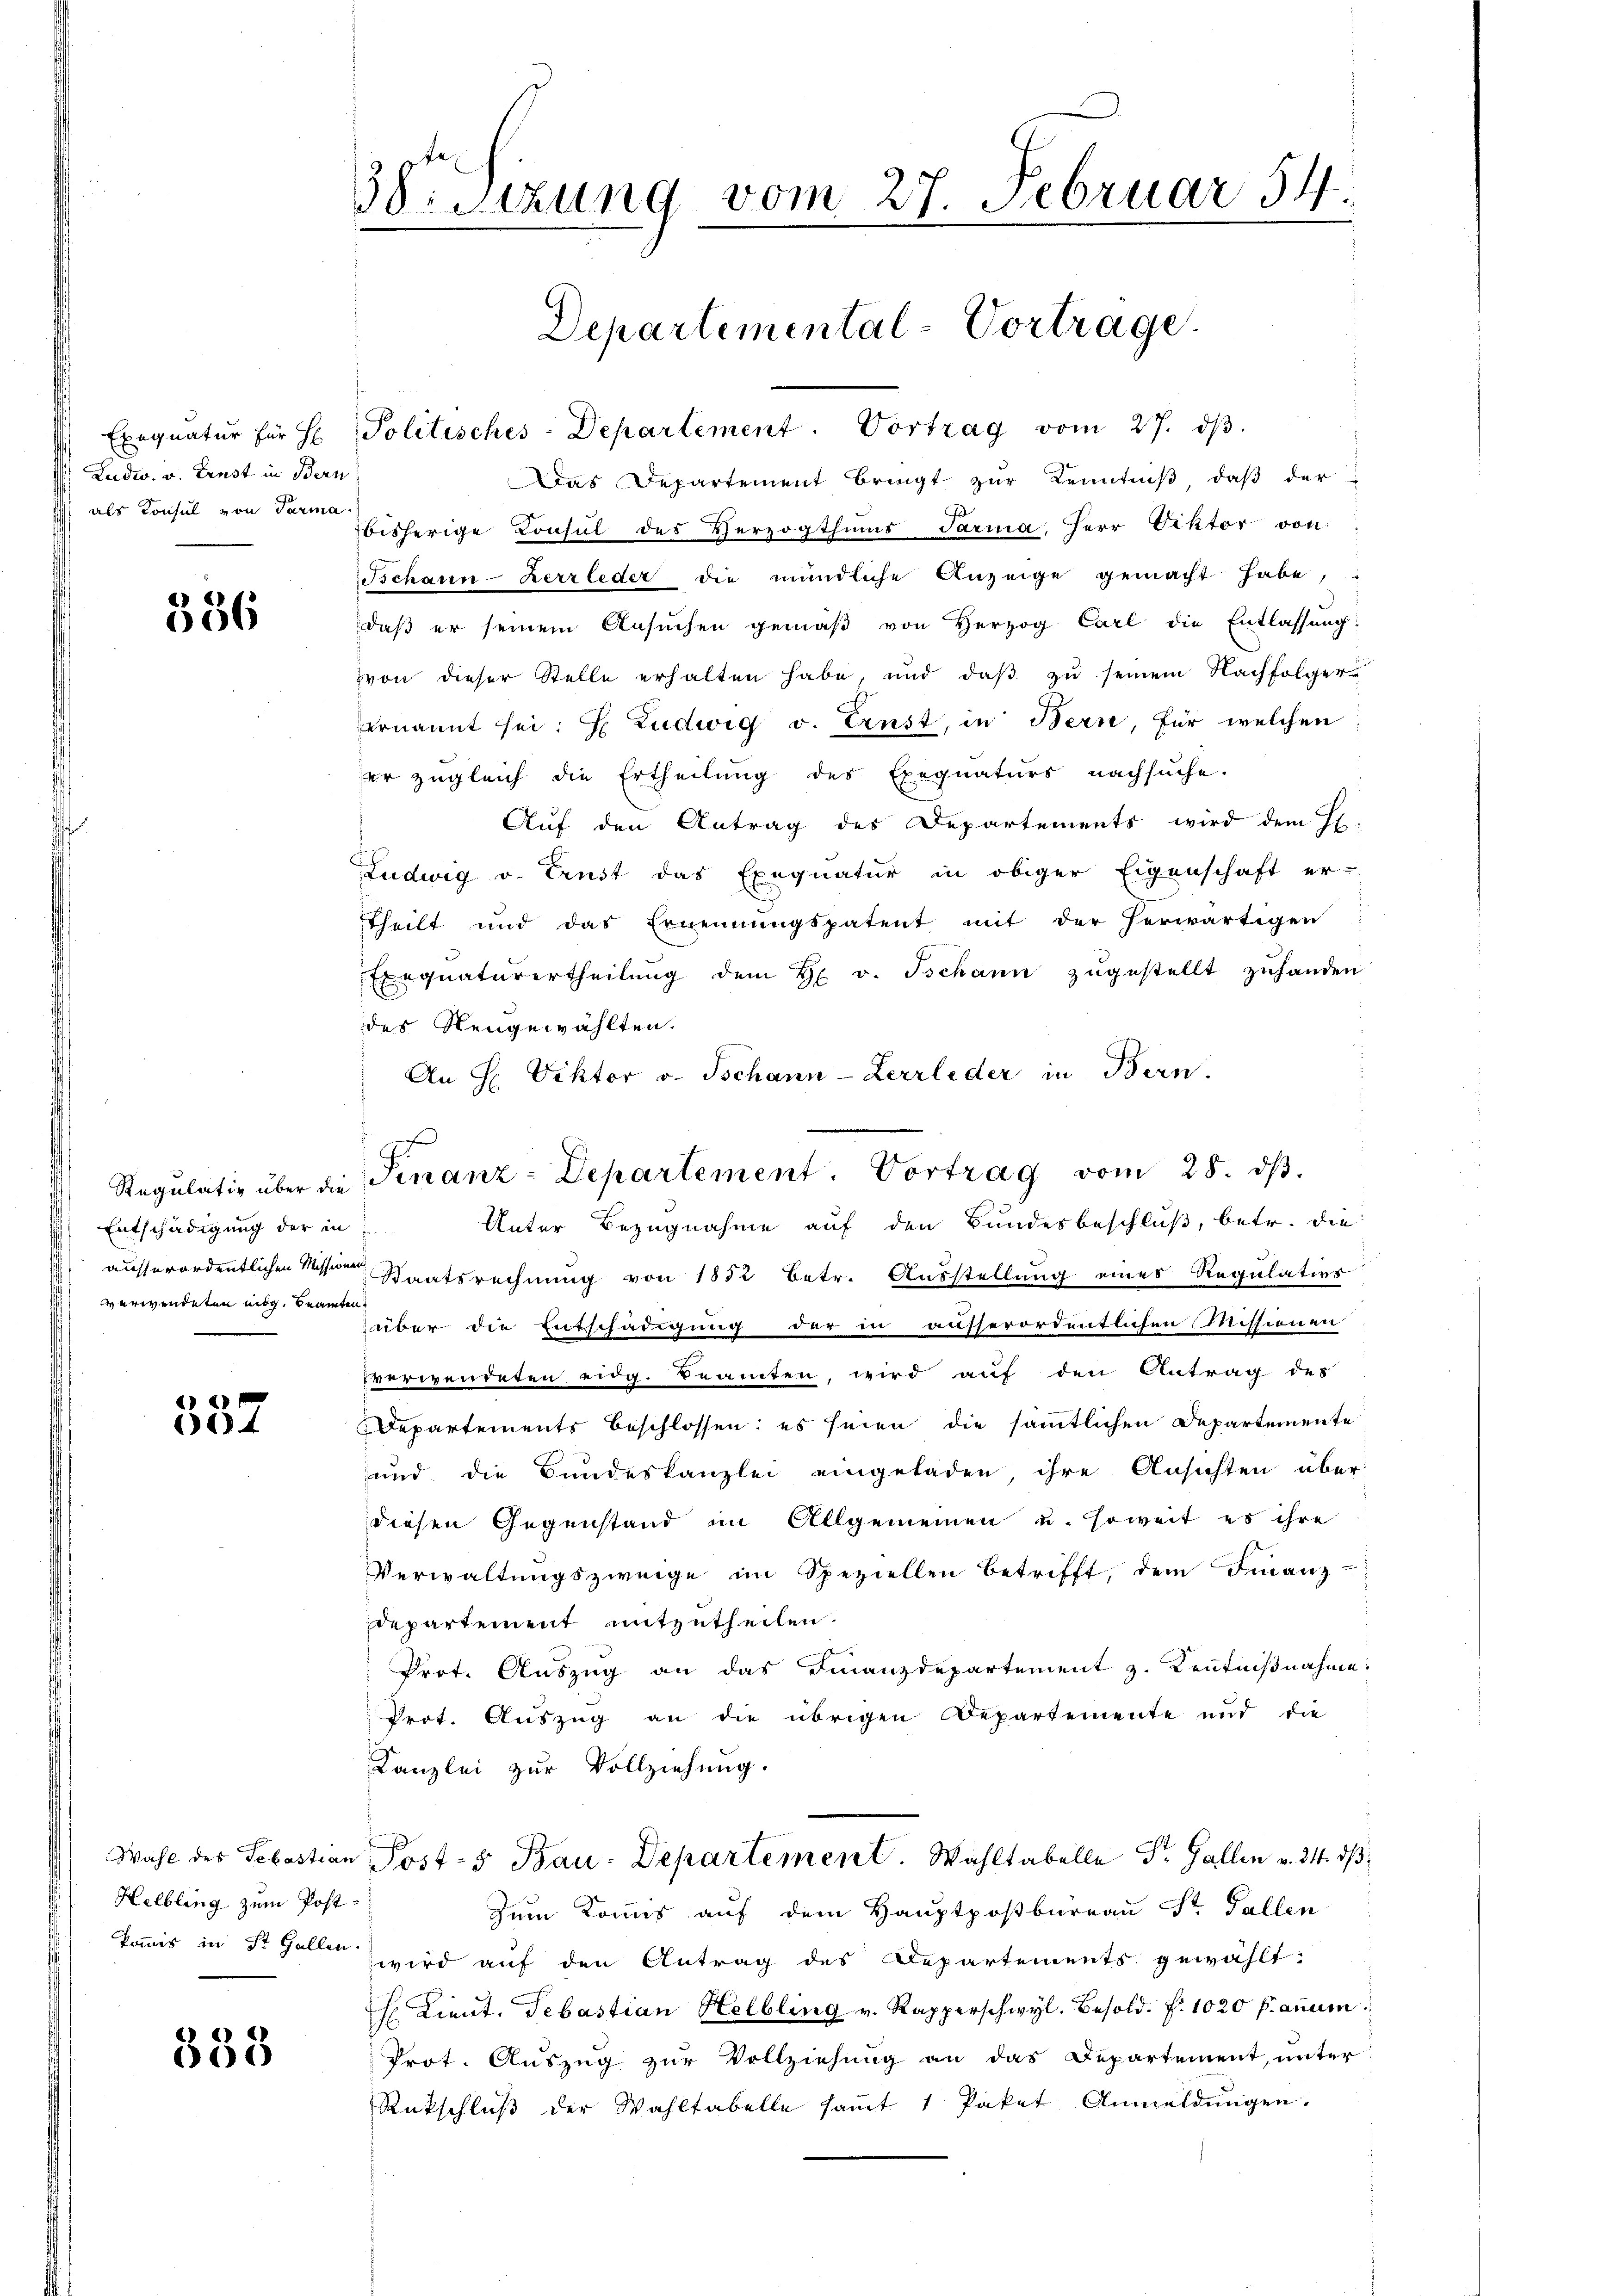
Ludw. v. Ernst in Bern
als Konsul von Tarma.

356

Entschädigung der in
verwendeten eidg. Beamten

337

Wahl des Sebastian
Helbling zum Post
kommis in St. Gallen.

338

Sitzung vom 27. Februar 54.

Departemental-Vortrage.
Exequatur für H. Politisches-Departement. Vortrag vom 27. dβ.

Das Departement bringt zŭr Kenntniβ, daβ der
bisherige Konsul des Herzogthums Tarina, Herr Viktor von
Ischann-Herrleder die mündliche Anzeige gemacht habe,
daß er seinem Ansuchen gemäß von Herzog Carl die Entlassung:
zvon dieser Stelle erhalten habe, und daß zu seinem Nachfolger
ernannt sei: E Zudwig v. Ernst, in Bern, für welchen
er zugleich die Ertheilung des Exequaturs nachsuche.
Auf den Antrag des Departements wird dem H:
Ludwig v. Ernst das Exequatur in obiger Eigenschaft er-
theilt und das Ernennungspatent mit der herwärtigen
Exequaturertheilŭng dem H. v. Tschann zugestellt zuhanden
des Neugewählten.
An H. Viktor v. Tschann-Lerrleder in Bern.
ausserordentlichen Messen Staatsrechnung von 1852 betr. Ausstellung eines Regulation
über die Entschädigung der in ausserordentlichen Missionen
verwendeten eidg. Beamten, wird auf den Antrag des
Departements beschlossen: es seien die sämmtlichen Departemente
und die Bundeskanzlei eingeladen, ihre Ansichten über
diesen Gegenstand im Allgemeinen u. soweit es ihre
Verwaltŭngszweige im Speziellen betrifft, dem Finanz-
departement mitzutheilen.
Prot. Auszug an das Finanzdepartement z. Kenntnißnahme.
Prot. Auszug an die übrigen Departemente und die
Kanzlei zur Vollziehung.
Post- & Bau-Departement. Wahltabelle Dr. Gallen v. 24. dß
Zum Kommis auf dem Hauptpostbureau St. Gallen
wird auf den Antrag des Departements gewählt:
 Lieut. Sebastian Helbling v. Rapperschwyl. Besold. f. 1020 Fanum
Prot. Auszug zur Vollziehung an das Departement, unter
Rückschluß der Wahltabelle saṁt 1 Paket Anmeldungen.

f
Regulativ über die Finanz-Departement. Vortrag vom 28. dβ.
Unter Bezugnahme auf den Bundesbeschluß, betr. die